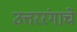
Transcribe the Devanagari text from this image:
उत्तररंगाचे